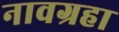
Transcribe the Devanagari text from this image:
नावग्रहा